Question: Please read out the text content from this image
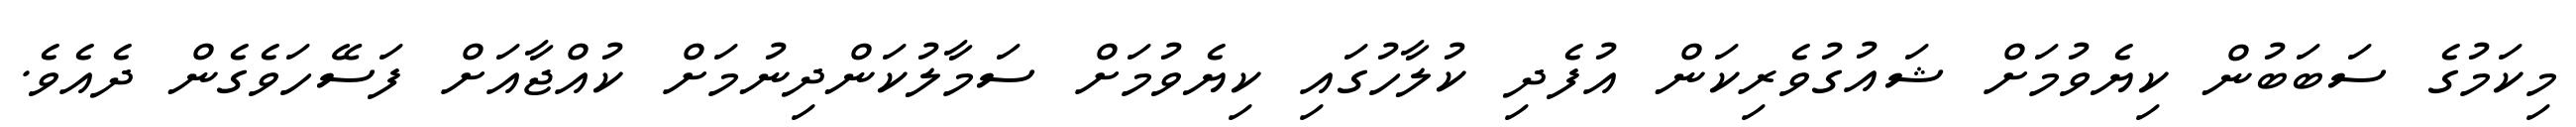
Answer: މިކަމުގެ ސަބަބުން ކިޔެވުމަށް ޝައުގުވެރިކަން އުފެދި ކުލާހުގައި ކިޔެވުމަށް ސަމާލުކަންދިނުމަށް ކުއްޖާއަށް ފަސޭހަވެގެން ދެއެވެ.